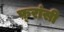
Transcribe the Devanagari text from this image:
फ़्रांसी